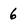
Character: 6